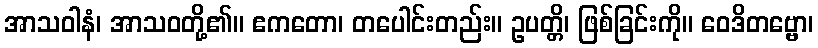
အာသဝါနံ၊ အာသဝတို့၏။ ဧကတော၊ တပေါင်းတည်း။ ဥပတ္တိ၊ ဖြစ်ခြင်းကို။ ဝေဒိတဗ္ဗော၊